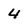
Character: 4